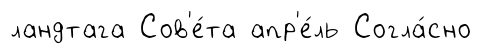
ландтага Сов'е́та апр'е́ль Согла́сно